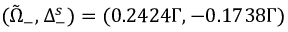
( \Tilde { \Omega } _ { - } , \Delta _ { - } ^ { s } ) = ( 0 . 2 4 2 4 Γ , - 0 . 1 7 3 8 Γ )